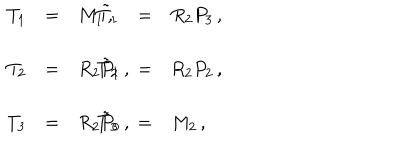
LaTeX: \begin{array} { r c l r c l } { { T _ { 1 } } } & { { = } } & { { M _ { 1 } \, , \hspace { 1 c m } } } & { { \tilde { T } _ { 1 } } } & { { = } } & { { R _ { 2 } P _ { 3 } \, , } } \\ { { } } & { { } } & { { } } & { { } } & { { } } & { { } } \\ { { T _ { 2 } } } & { { = } } & { { R _ { 2 } P _ { 1 } \, , \hspace { 1 c m } } } & { { \tilde { T } _ { 2 } } } & { { = } } & { { R _ { 2 } P _ { 2 } \, , } } \\ { { } } & { { } } & { { } } & { { } } & { { } } & { { } } \\ { { T _ { 3 } } } & { { = } } & { { R _ { 2 } P _ { 0 } \, , \hspace { 1 c m } } } & { { \tilde { T } _ { 3 } } } & { { = } } & { { M _ { 2 } \, , } } \\ \end{array}